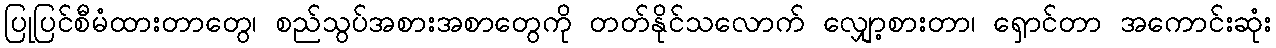
ပြုပြင်စီမံထားတာတွေ၊ စည်သွပ်အစားအစာတွေကို တတ်နိုင်သလောက် လျှော့စားတာ၊ ရှောင်တာ အကောင်းဆုံး